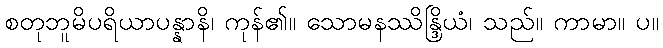
စတုဘူမိပရိယာပန္နာနိ၊ ကုန်၏။ သောမနဿိန္ဒြိယံ၊ သည်။ ကာမာ။ ပ။